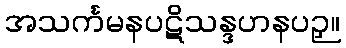
အသင်္ကမနပဋိသန္ဒဟနပဉှ။